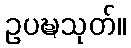
ဥပဍ္ဎသုတ်။